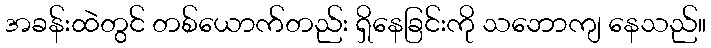
အခန်းထဲတွင် တစ်ယောက်တည်း ရှိနေခြင်းကို သဘောကျ နေသည်။